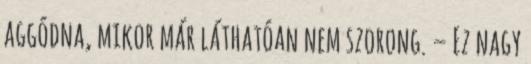
aggódna, mikor már láthatóan nem szorong. – Ez nagy